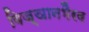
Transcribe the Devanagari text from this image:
विज्ञानभैरव